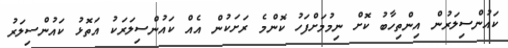
ކައުންސިލަރުން އިންތިހާބު ކޮށް ނިމުމަށްފަހު ކޮންމެ ރަށަކުން އެއް ކައުންސިލަރަކު އަތޮޅު ކައުންސިލަރު